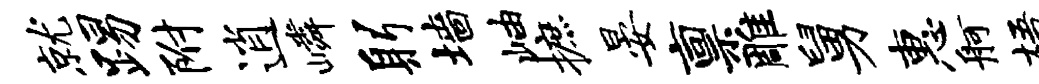
就踢附逍嶙躬墙岫摭晏禀雕舅惠舸梧